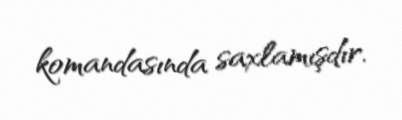
komandasında saxlamışdır.